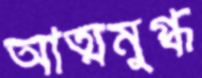
আত্মমুগ্ধ